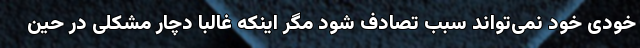
خودی خود نمی‌تواند سبب تصادف شود مگر اینکه غالباً دچار مشکلی در حین